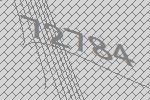
72784